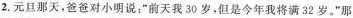
2.元旦那天，爸爸对小明说：”前天我30岁，但是今年我将满32岁。”那